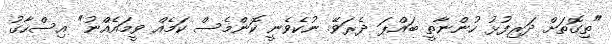
"ތިގޮތަށް ދަރިފުޅު ހުންނާތީ ބައްޕަ ދެރަވޭ. ނުކެވެނީ ކޮންމެސް ކަމެއް ވީމައެއްނު" އިސްހާގު